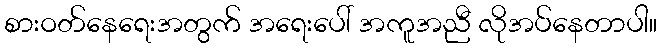
စားဝတ်နေရေးအတွက် အရေးပေါ် အကူအညီ လိုအပ်နေတာပါ။